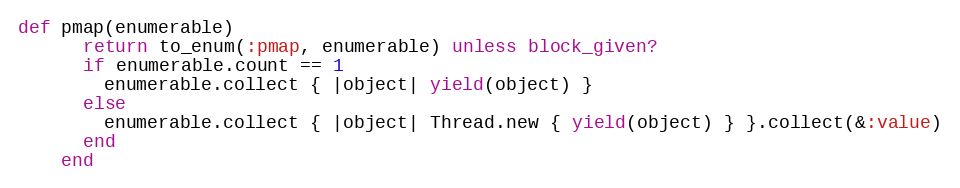
Language: Ruby
def pmap(enumerable)
      return to_enum(:pmap, enumerable) unless block_given?
      if enumerable.count == 1
        enumerable.collect { |object| yield(object) }
      else
        enumerable.collect { |object| Thread.new { yield(object) } }.collect(&:value)
      end
    end